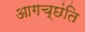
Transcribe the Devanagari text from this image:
आगच्छंति